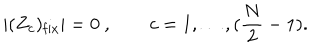
LaTeX: | ( Z _ { c } ) _ { \mathrm { f i x } } | = 0 \ , \qquad c = 1 , \dots , ( { \frac { N } { 2 } } - 1 ) .